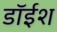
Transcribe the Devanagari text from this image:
डॉईश